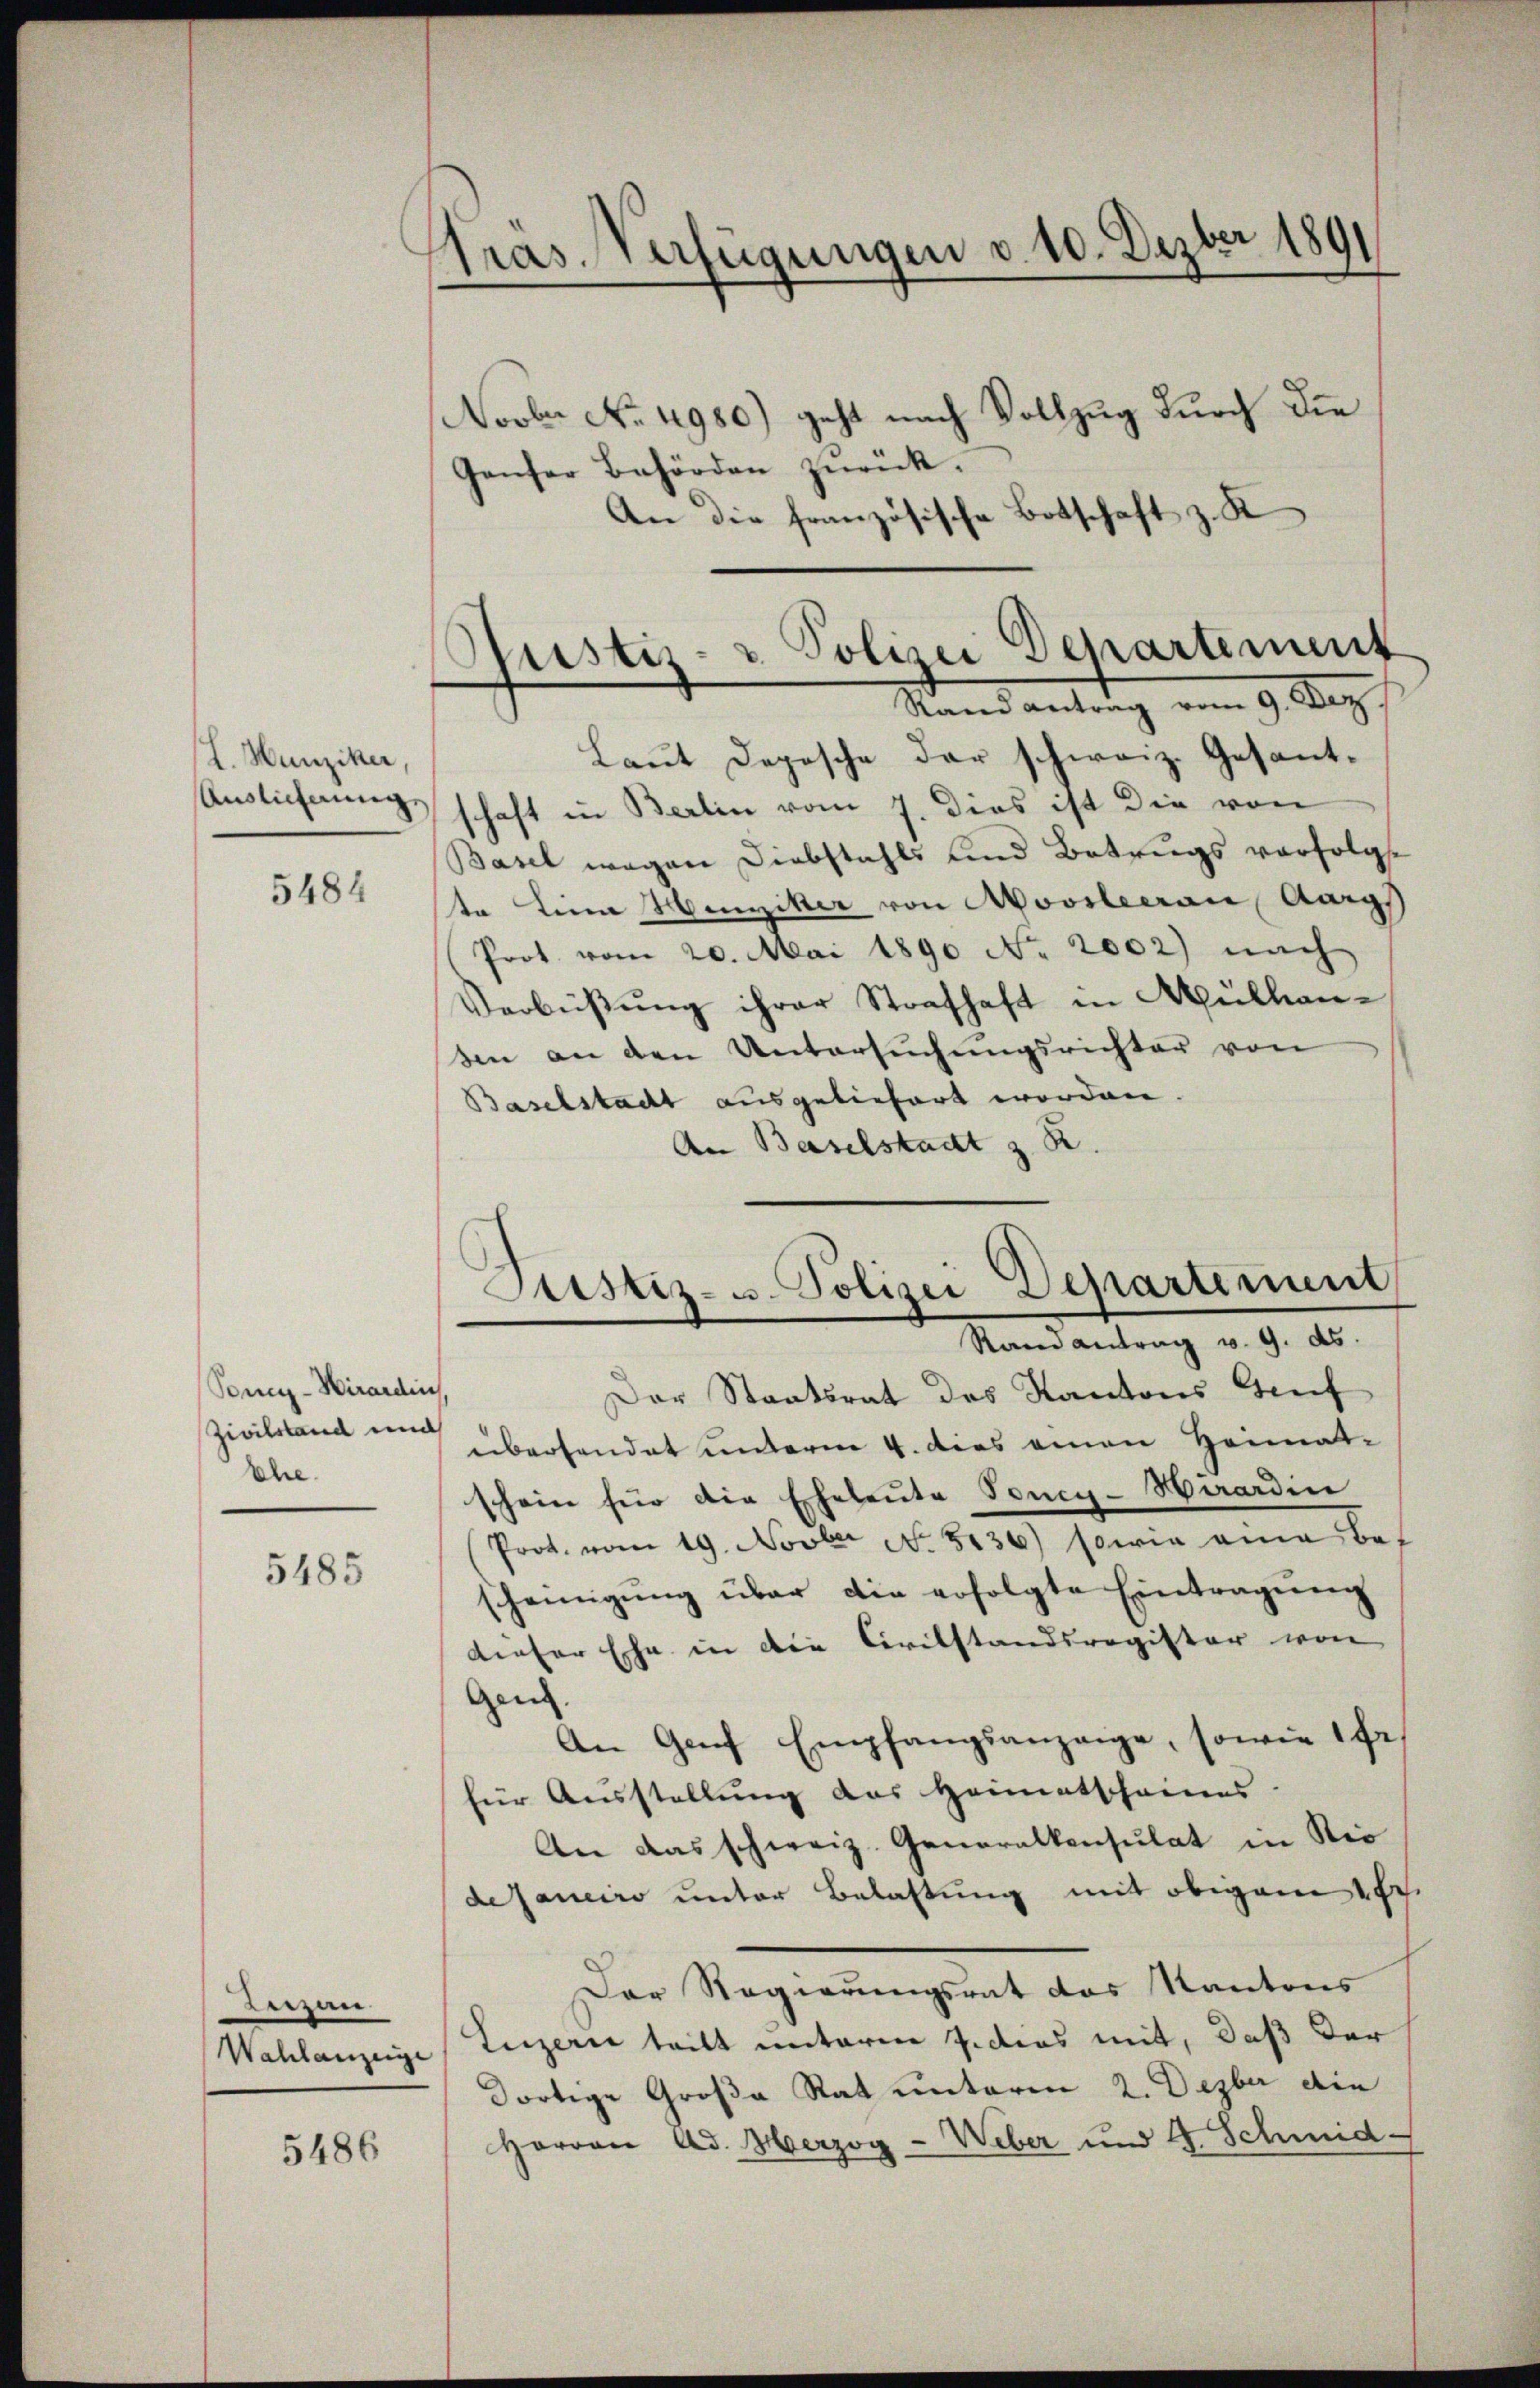
L. Hunziker,
Auslicherung

5484

Son-Wirardin
Zivilstand und
Ehe

5485

Luzau
Wahlanzeige

5486

Präs. Verfügungen v. 10. Dezber 1891

Novber No. 4980) geht nach Vollzug durch die
Ganser Behörden zŭrück.
An die französische Botschaft z. K
Laut Depesche der schweiz. Gesantschaft in Berlin vom 7. dies ist die von
Basel wegen Diebstahls und Betrugs verfolge
te Leine Menziker von Moosleerau, Aarg
Prot. vom 20. Mai 1890 No. 2002) nach
Verbüβŭng ihrer Strafhaft in Müllen-
en an den Untersŭchŭngsrichter von
Baselstadt ausgeliefert worden.
An Baselstadt z. R.
Der Staatsrat des Kantons Auf
überhandet unterm 4. dies einen Heimat-
schein für die Eheleute Toney-Hirardin
Prot. vom 19. Novber No. 5136) sowie eine Bes
scheinigŭng über die erfolgte Eintragung
denser Ehe in die Civilstandsregister von
gen.
An Genf Empfangsanzeige, sowie 1 Fr.
für Ausstellung des Heimatscheines
An das schweiz. Generalkonsulat in Nie
deJaneiro unter Belastung mit obigem sch
Der Regierungsrat des Kantons
Luzerne tritt unterm 7. dies mit, daß der
dortige Große Rat unterm 2. Dezber die
Horvon Ad. Herzog - Weber und 4. Schind

Justiz- & Polizei Departement
Rand antrag vom 9. Ap

Justiz- u. Polizei Departement
Rand antrag v. 9. ds.